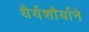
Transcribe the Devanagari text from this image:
धैर्यशौर्याने